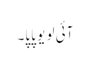
آئی لو یو پاپا۔